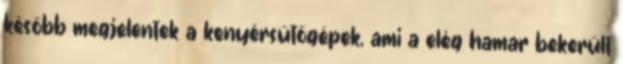
később megjelentek a kenyérsütőgépek, ami a elég hamar bekerült